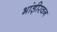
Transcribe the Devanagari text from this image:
भांड़ीरवन